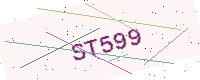
Text: ST599